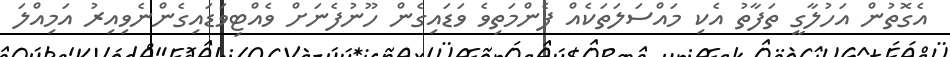
އެގޮތުން އަހުލާގީ ތަފާތު އެކި މައްސަލަތަކެއް ފެންމަތިވެ ވަޑައިގެން ހޫނުފެނަށް ވެއްޓިވަޑައިގެންނެވިއިރު އަމިއްލަ